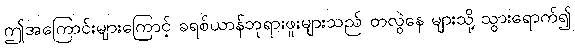
ဤအကြောင်းများကြောင့် ခရစ်ယာန်ဘုရားဖူးများသည် တလွဲနေ များသို့ သွားရောက်၍